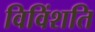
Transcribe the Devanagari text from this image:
विविंशति